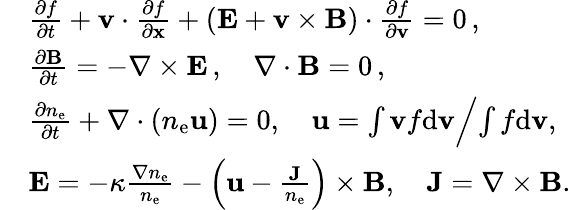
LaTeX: \begin{array}{rl}&{\frac{\partial f}{\partial t}+{\mathbf v}\cdot\frac{\partial f}{\partial\mathbf{x}}+({\mathbf E}+{\mathbf v}\times{\mathbf{B}})\cdot\frac{\partial f}{\partial{\mathbf v}}=0\, ,}\\ &{\frac{\partial\mathbf{B}}{\partial t}=-\nabla\times{\mathbf E}\, ,\quad\nabla\cdot\mathbf{B}=0\, ,}\\ &{\frac{\partial n_{\mathrm{e}}}{\partial t}+\nabla\cdot\left(n_{\mathrm{e}}\mathbf u\right)=0,\quad{\mathbf u}={\int{\mathbf v}f\mathrm{d}{\mathbf v}}\Big/{\int f\mathrm{d}{\mathbf v}},}\\ &{{\mathbf E}=-\kappa\frac{\nabla n_{\mathrm{e}}}{n_{\mathrm{e}}}-\left(\mathbf u-\frac{\mathbf J}{n_{\mathrm{e}}}\right)\times{\mathbf{B}},\quad\mathbf J=\nabla\times{\mathbf B}.}\end{array}